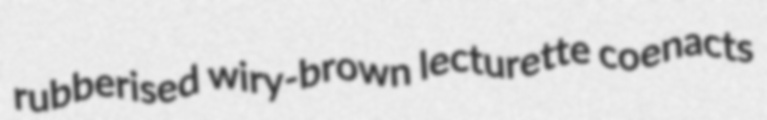
rubberised wiry-brown lecturette coenacts